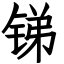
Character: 锑